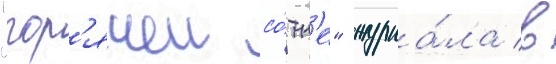
"гор'ячеи со́тн'е" журна́ла в